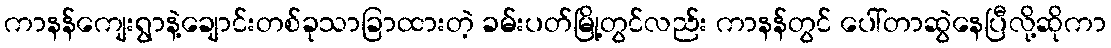
ကာနန်ကျေးရွာနဲ့ချောင်းတစ်ခုသာခြာထားတဲ့ ခမ်းပတ်မြို့တွင်လည်း ကာနန်တွင် ပေါ်တာဆွဲနေပြီလို့ဆိုကာ